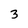
Character: 3